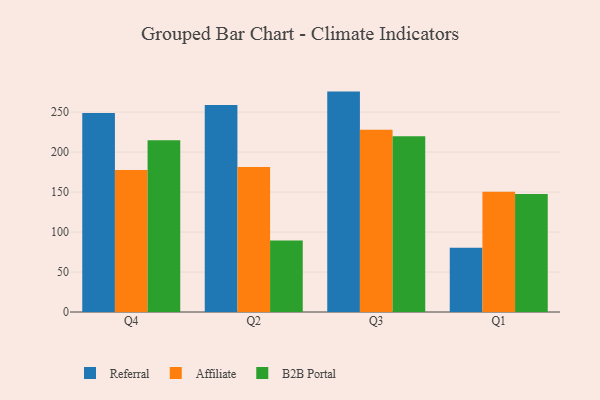
{"axis": {"x": "Quarter", "y": "Operating Costs (USD K)"}, "legend": ["Affiliate", "B2B Portal", "Referral"], "data": [{"x": "Q4", "y": 248.7, "type": "Referral"}, {"x": "Q4", "y": 177.5, "type": "Affiliate"}, {"x": "Q4", "y": 214.6, "type": "B2B Portal"}, {"x": "Q2", "y": 258.6, "type": "Referral"}, {"x": "Q2", "y": 181.4, "type": "Affiliate"}, {"x": "Q2", "y": 89.4, "type": "B2B Portal"}, {"x": "Q3", "y": 275.5, "type": "Referral"}, {"x": "Q3", "y": 227.8, "type": "Affiliate"}, {"x": "Q3", "y": 219.7, "type": "B2B Portal"}, {"x": "Q1", "y": 80.4, "type": "Referral"}, {"x": "Q1", "y": 150.2, "type": "Affiliate"}, {"x": "Q1", "y": 147.5, "type": "B2B Portal"}]}